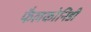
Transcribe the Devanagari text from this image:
फैलकोनिडी